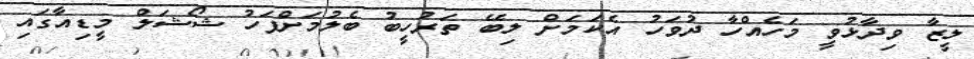
ލީޒާ ވިދާޅުވީ މަހެއްހާ ދުވަހު އެކަމަށް ލިބޭ ތަރުހީބު ބެލުމަށްފަހު ޝޯޝަލް މީޑިއާގައި